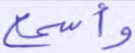
وأسمع